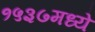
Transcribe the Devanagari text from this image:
१५३७मध्ये